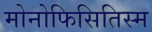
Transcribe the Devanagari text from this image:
मोनोफिसितिस्म